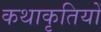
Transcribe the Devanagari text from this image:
कथाकृतियों